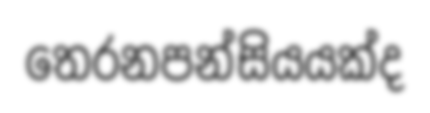
තෙරනපන්සියයක්ද